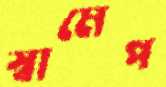
স্বামেপ